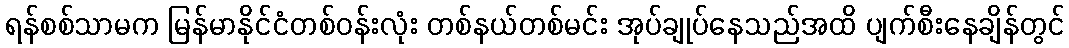
ရန်စစ်သာမက မြန်မာနိုင်ငံတစ်ဝန်းလုံး တစ်နယ်တစ်မင်း အုပ်ချုပ်နေသည်အထိ ပျက်စီးနေချိန်တွင်